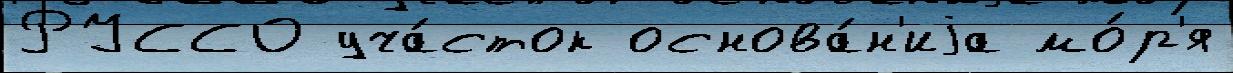
РУССО уча́сток основа́н'иjа мо́р'я